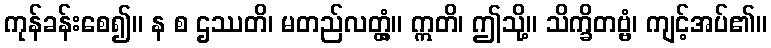
ကုန်ခန်းစေ၍။ န စ ဌဿတိ၊ မတည်လတ္တံ့။ ဣတိ၊ ဤသို့။ သိက္ခိတဗ္ဗံ၊ ကျင့်အပ်၏။